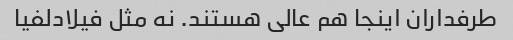
طرفداران اینجا هم عالی هستند. نه مثل فیلادلفیا